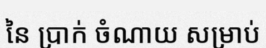
នៃ ប្រាក់ ចំណាយ សម្រាប់